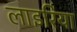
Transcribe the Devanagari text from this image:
लाइरिया